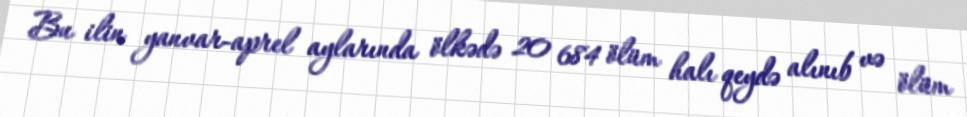
Bu ilin yanvar-aprel aylarında ölkədə 20 684 ölüm halı qeydə alınıb və ölüm